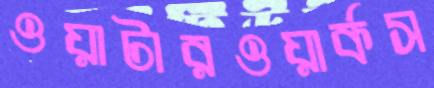
ওয়াটারওয়ার্কস